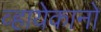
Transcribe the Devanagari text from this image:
व्हायेकानो